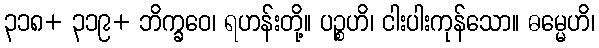
၃၁၈+ ၃၁၉+ ဘိက္ခဝေ၊ ရဟန်းတို့။ ပဉ္စဟိ၊ ငါးပါးကုန်သော။ ဓမ္မေဟိ၊